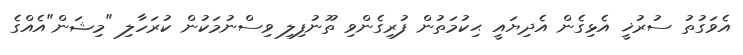
އެވަގުތު ސުރުޚީ އެޅިގެން އެދިޔައީ ޙިކުމަތުން ފުރިގެންވި ތޫނުފިލި ވިސްނުމަކުން ކުރަހާލި "މިޝަން"އެއްގެ